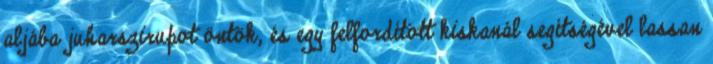
aljába juharszirupot öntök, és egy felfordított kiskanál segítségével lassan